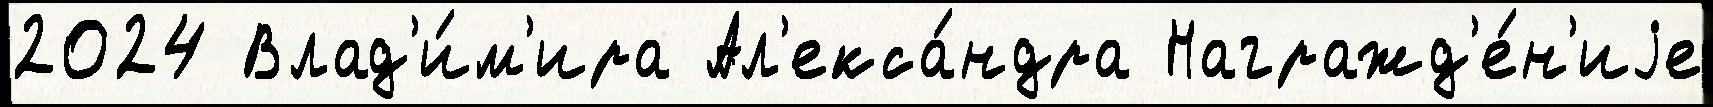
2024 Влад'и́м'ира Ал'екса́ндра Награжд'е́н'иjе